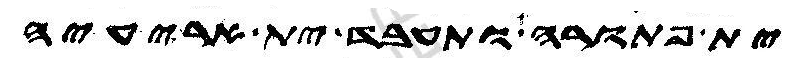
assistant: ית פתורה ותעבד ית אריעיה